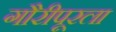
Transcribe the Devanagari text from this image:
गौरीपूरला